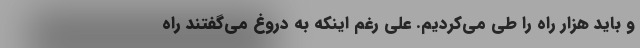
و باید هزار راه را طی می‌کردیم. علی رغم اینکه به دروغ می‌گفتند راه